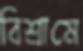
বিশ্রামে